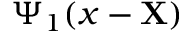
\Psi _ { 1 } ( x - \mathbf { X } )